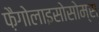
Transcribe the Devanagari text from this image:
फ़ैगोलाइसोसोम्स